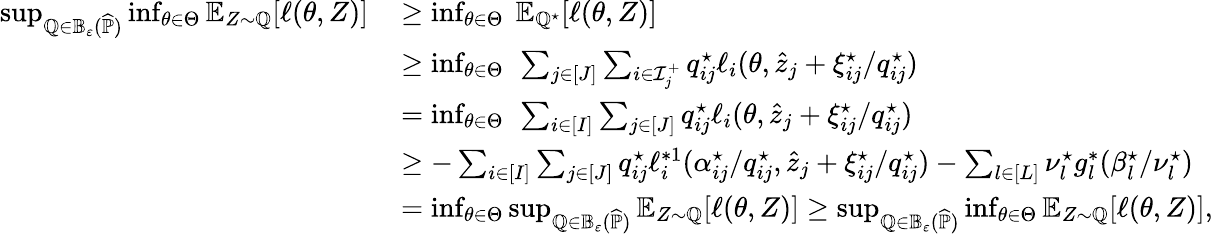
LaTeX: \begin{array}{r}{\begin{array}{rl}{\operatorname*{sup}_{\mathbb Q\in\mathbb B_{\varepsilon}(\widehat{\mathbb P})}\operatorname*{inf}_{\theta\in\Theta}\mathbb E_{Z\sim\mathbb Q}[\ell(\theta,Z)]\, }&{\geq\operatorname*{inf}_{\theta\in\Theta}~\mathbb E_{\mathbb Q^{\star}}[\ell(\theta,Z)]}\\ &{\geq\operatorname*{inf}_{\theta\in\Theta}~\sum_{j\in[J]}\sum_{i\in\mathcal I_{j}^{+}}q_{ij}^{\star}\ell_{i}(\theta,\widehat z_{j}+\xi_{ij}^{\star}/q_{ij}^{\star})}\\ &{=\operatorname*{inf}_{\theta\in\Theta}~\sum_{i\in[I]}\sum_{j\in[J]}q_{ij}^{\star}\ell_{i}(\theta,\widehat z_{j}+\xi_{ij}^{\star}/q_{ij}^{\star})}\\ &{\geq-\sum_{i\in[I]}\sum_{j\in[J]}q_{ij}^{\star}\ell_{i}^{*1}(\alpha_{ij}^{\star}/q_{ij}^{\star},\widehat z_{j}+\xi_{ij}^{\star}/q_{ij}^{\star})-\sum_{l\in[L]}\nu_{l}^{\star}g_{l}^{*}(\beta_{l}^{\star}/\nu_{l}^{\star})}\\ &{=\operatorname*{inf}_{\theta\in\Theta}\operatorname*{sup}_{\mathbb Q\in\mathbb B_{\varepsilon}(\widehat{\mathbb P})}\mathbb E_{Z\sim\mathbb Q}[\ell(\theta,Z)]\geq\operatorname*{sup}_{\mathbb Q\in\mathbb B_{\varepsilon}(\widehat{\mathbb P})}\operatorname*{inf}_{\theta\in\Theta}\mathbb E_{Z\sim\mathbb Q}[\ell(\theta,Z)],}\end{array}}\end{array}